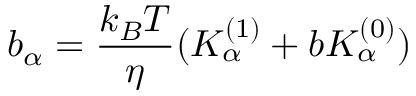
b _ { \alpha } = \frac { k _ { B } T } { \eta } ( K _ { \alpha } ^ { ( 1 ) } + b K _ { \alpha } ^ { ( 0 ) } )